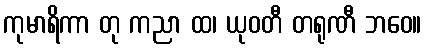
ကုမာရိကာ တု ကညာ ထ၊ ယုဝတီ တရုဏီ ဘဝေ။